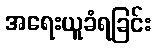
အရေးယူခံရခြင်း